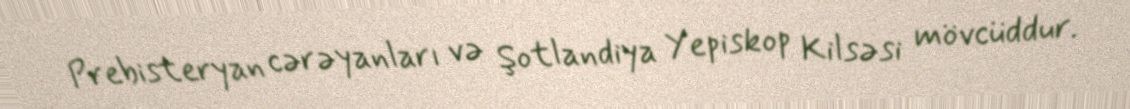
Prebisteryan cərəyanları və Şotlandiya Yepiskop Kilsəsi mövcüddur.